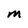
Character: m